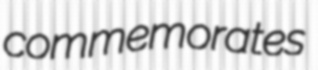
commemorates